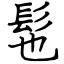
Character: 髢